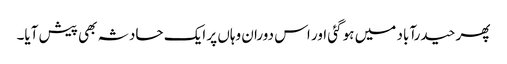
پھر حیدرآباد میں ہو گئی اور اس دوران وہاں پر ایک حادثہ بھی پیش آیا۔